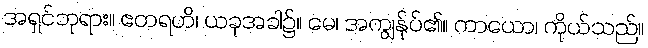
အရှင်ဘုရား။ ဧတရဟိ၊ ယခုအခါ၌။ မေ၊ အကျွန်ုပ်၏။ ကာယော၊ ကိုယ်သည်။